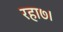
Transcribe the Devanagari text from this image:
रहा७।